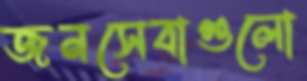
জনসেবাগুলো